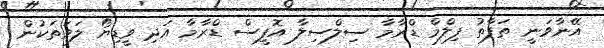
އޭނާވަނީ ތަފާތު ފިލްމް ޑްރާމާ ސިލްސިލާ އޮފީސް ޑްރާމާ އަދި ވީޑިޔޯ ލަވަތަކުން